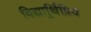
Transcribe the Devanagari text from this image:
विद्यार्र्थिप्रिय